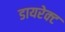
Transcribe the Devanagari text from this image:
डायरेक्‍ट